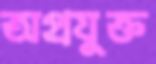
অপ্রযুক্ত